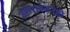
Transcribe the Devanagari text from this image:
अंगारकोष्ठी